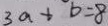
3 a + b = 8